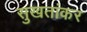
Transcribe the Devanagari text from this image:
सुखतांकर